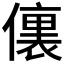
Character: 𰂶